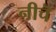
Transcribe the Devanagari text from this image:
नीचॆ